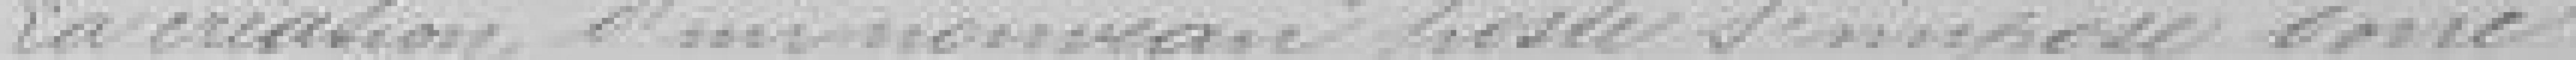
La création d'un nouveau poste s'impose donc.